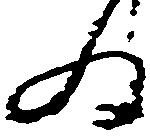
為